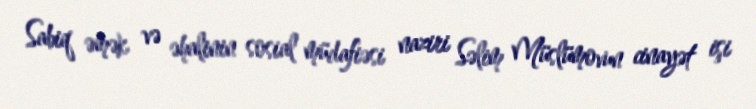
Sabiq əmək və əhalinin sosial müdafiəsi naziri Səlim Müslümovun cinayət işi